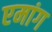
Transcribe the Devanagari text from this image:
एमांग